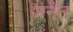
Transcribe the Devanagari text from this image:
जनेत